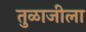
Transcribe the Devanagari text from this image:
तुळाजीला